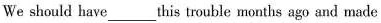
We should have___this trouble months ago and made